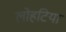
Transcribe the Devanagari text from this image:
लोहटिया